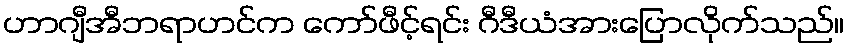
ဟာဂျီအီဘရာဟင်က ကော်ဖီင့်ရင်း ဂီဒီယံအားပြောလိုက်သည်။